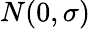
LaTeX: N(0,\sigma)